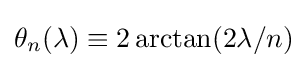
\theta _{n}(\lambda )\equiv 2\arctan(2\lambda /n)